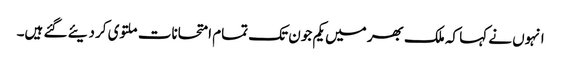
انہوں نے کہا کہ ملک بھر میں یکم جون تک تمام امتحانات ملتوی کر دیئے گئے ہیں۔